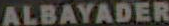
ALBAYADER